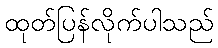
ထုတ်ပြန်လိုက်ပါသည်